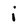
Character: i